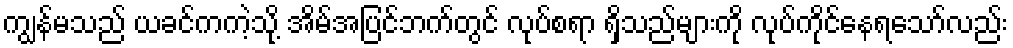
ကျွန်မသည် ယခင်ကကဲ့သို့ အိမ်အပြင်ဘက်တွင် လုပ်စရာ ရှိသည်များကို လုပ်ကိုင်နေရသော်လည်း